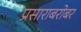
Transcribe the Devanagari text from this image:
प्रसाराबरोबर